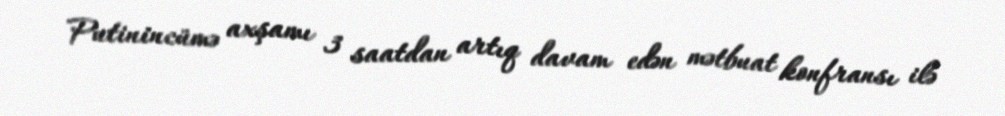
Putinincümə axşamı 3 saatdan artıq davam edən mətbuat konfransı ilə